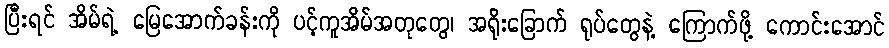
ပြီးရင် အိမ်ရဲ့ မြေအောက်ခန်းကို ပင့်ကူအိမ်အတုတွေ၊ အရိုးခြောက် ရုပ်တွေနဲ့ ကြောက်ဖို့ ကောင်းအောင်